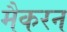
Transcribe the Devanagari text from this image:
मैकरन